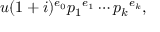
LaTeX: u ( 1 + i ) ^ { e _ { 0 } } { p _ { 1 } } ^ { e _ { 1 } } \cdots { p _ { k } } ^ { e _ { k } } ,